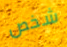
شخص